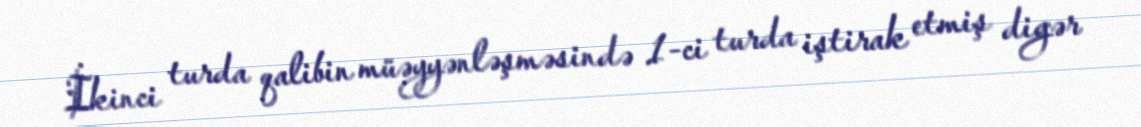
İkinci turda qalibin müəyyənləşməsində 1-ci turda iştirak etmiş digər